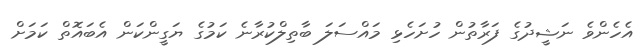
އެހެންވެ ނަޝީދުގެ ފަރާތުން ހުށަހެޅި މައްސަލަ ބާތިލްކުރާނެ ކަމުގެ ޔަގީންކަން އެބައޮތް ކަމަށް